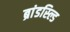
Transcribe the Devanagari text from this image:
ब्रांडस्ल्डि